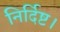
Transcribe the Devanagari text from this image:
निर्दिष्ट।